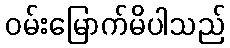
ဝမ်းမြောက်မိပါသည်